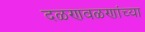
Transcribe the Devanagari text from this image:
दळणवळणांच्या